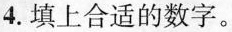
4.填上合适的数字。